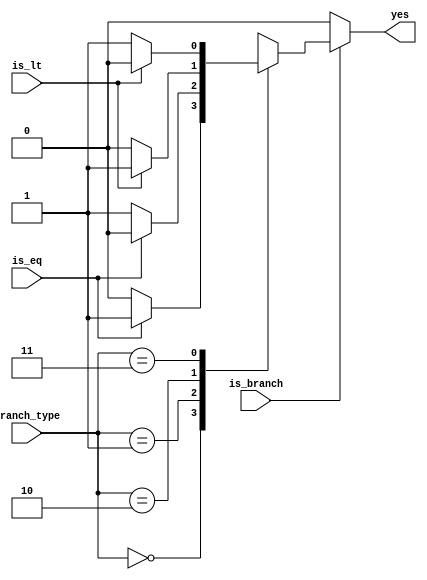
`timescale 1ns / 1ps
//////////////////////////////////////////////////////////////////////////////////
// Company: 
// Engineer: 
// 
// Design Name: 
// Module Name: Check_Branch
// Project Name: 
// Target Devices: 
// Tool Versions: 
// Description: 
// 
// Dependencies: 
// 
// Revision:
// Revision 0.01 - File Created
// Additional Comments:
// 
//////////////////////////////////////////////////////////////////////////////////


module Check_Branch(
    input wire [1:0] branch_type,
    input wire is_eq, is_lt, is_branch,
    output reg yes
    );
    
    always @(*) begin
        if(is_branch) begin
            case(branch_type)
                2'b00: yes <= (is_eq) ? 1'b1 : 1'b0; // be
                2'b01: yes <= (~is_eq) ? 1'b1 : 1'b0; // bne
                2'b10: yes <= (is_lt) ? 1'b1 : 1'b0; // blt
                2'b11: yes <= (~is_lt) ? 1'b1 : 1'b0; // bge
                default: yes <= 1'b0;
            endcase
         end
         else yes <= 1'b0;
    end
    
endmodule